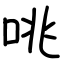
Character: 咷